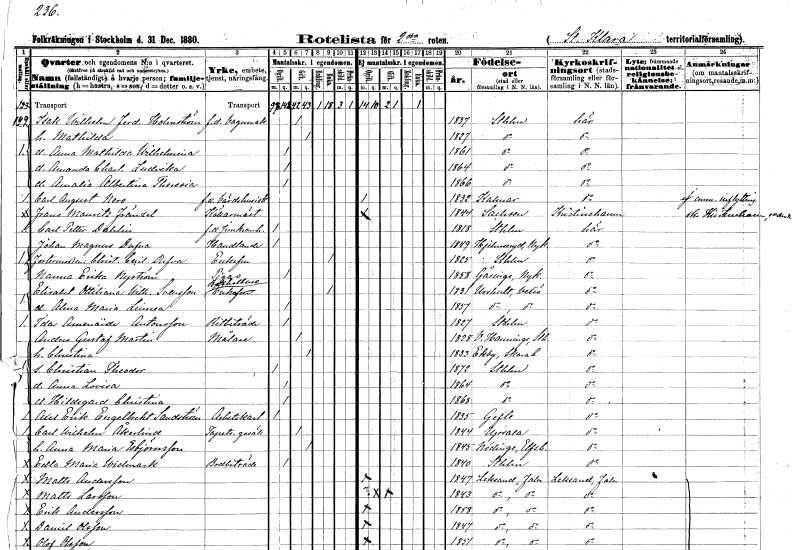
gt_parse: households: individuals: FN: Isak Wilhelm Ferdinand
EN: Holmström
YRKE: Vagnmakare f.d.
KON: M
CIV: G
FODAR: 1837
FODFORS: Stockholm
FN: Mathilda
KON: K
CIV: G
FODAR: 1827
FODFORS: Stockholm
FN: Anna Mathilda Wilhelmina
KON: K
CIV: O
FODAR: 1861
FODFORS: Stockholm
FN: Amanda Charlotta Ludvika
KON: K
CIV: O
FODAR: 1864
FODFORS: Stockholm
FN: Amalia Albertina Theresia
KON: K
CIV: O
FODAR: 1866
FODFORS: Stockholm
FN: Carl August
EN: Nero
YRKE: Värdshusidkare f.d.
KON: M
CIV: O
FODAR: 1832
FODFORS: Kalmar Kalmar län
FN: Frans Mauritz
EN: Fränzel
YRKE: Källarmästare
KON: M
CIV: O
FODAR: 1844
FN: Carl Petter
EN: Dahlin
YRKE: Järnkramhandlare f.d.
KON: M
CIV: O
FODAR: 1818
FODFORS: Stockholm
FN: Johan Magnus
EN: Dufva
YRKE: Handlande
KON: M
CIV: O
FODAR: 1849
FODFORS: Hjälmseryd Jönköpings län
FN: Christina Cecilia
EN: Dufva
KON: K
CIV: E
FODAR: 1825
FODFORS: Stockholm
FN: Nanna Erika
EN: Nyström
YRKE: Piga
KON: K
CIV: O
FODAR: 1858
FODFORS: Gåsinge-Dillnäs Södermanlands län
FN: Elisabet Ottiliana Wilhelmina
EN: Svensson
YRKE: Bokhållareänka
KON: K
CIV: E
FODAR: 1831
FODFORS: Urshult Kronobergs län
FN: Alma Maria Linnea
KON: K
CIV: O
FODAR: 1857
FODFORS: Urshult Kronobergs län
FN: Ida Amenaide
EN: Antonsson
YRKE: Ritbiträde
KON: K
CIV: O
FODAR: 1827
FODFORS: Stockholm
FN: Anders Gustaf
EN: Martin
YRKE: Målare
KON: M
CIV: G
FODAR: 1828
FODFORS: Västerhaninge Stockholms län
FN: Christina
KON: K
CIV: G
FODAR: 1833
FODFORS: Ekby Skaraborgs län
FN: Christian Theodor
KON: M
CIV: O
FODAR: 1872
FODFORS: Stockholm
FN: Anna Lovisa
KON: K
CIV: O
FODAR: 1864
FODFORS: Stockholm
FN: Hildegard Christina
KON: K
CIV: O
FODAR: 1868
FODFORS: Stockholm
FN: Axel Erik Engelbrekt
EN: Sandström
YRKE: Arbetskarl
KON: M
CIV: O
FODAR: 1835
FODFORS: Gävle Gävleborgs län
FN: Carl Wilhelm
EN: Åkerlind
YRKE: Tapetseraregesäll
KON: M
CIV: G
FODAR: 1844
FODFORS: Uppsala Uppsala län
FN: Anna Maria
EN: Esbjörnsson
KON: K
CIV: G
FODAR: 1845
FODFORS: Nödinge Älvsborgs län
FN: Edla Maria
EN: Widmark
YRKE: Bodbiträde
KON: K
CIV: O
FODAR: 1840
FODFORS: Stockholm